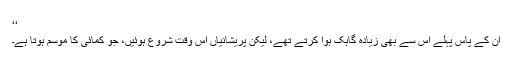
‘‘
ان کے پاس پہلے اس سے بھی زیادہ گاہک ہوا کرتے تھے، لیکن پریشانیاں اس وقت شروع ہوئیں، جو کمائی کا موسم ہوتا ہے۔